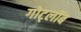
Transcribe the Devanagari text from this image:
गोट्लॉब